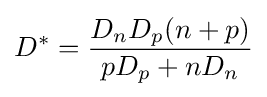
D^{*}={\frac {D_{n}D_{p}(n+p)}{pD_{p}+nD_{n}}}